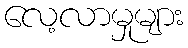
လေ့လာမှုများ